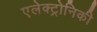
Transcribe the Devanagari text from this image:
एलेक्ट्रोनिकी